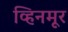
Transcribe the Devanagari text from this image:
व्हिनमूर